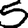
Digit: 5